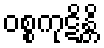
ဝစ္စကုဋိန္တိ